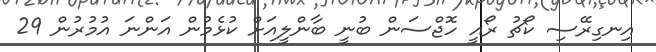
އިނގިރޭސި ކޯޗު ރޯއީ ހޮޖްސަން ބުނީ ބާންލީއަަށް ކުޅެމުން އަންނަ އުމުރުން 29